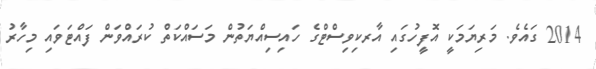
2014 ގައެވެ. މަރިޔަމަކީ އޮފީހުގައި އާރކިވިސްޓްގެ ހައިސިއްޔަތުން މަސައްކަތް ކުރައްވަން ފައްޓަވައި މިހާރު